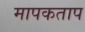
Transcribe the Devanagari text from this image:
मापकताप